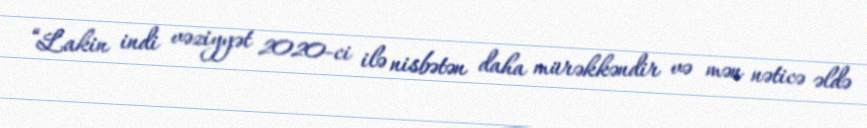
“Lakin indi vəziyyət 2020-ci ilə nisbətən daha mürəkkəndir və mən nəticə əldə